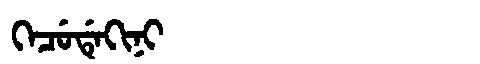
Manchu: ᡴᡝᠴᡠᡩᡝᡴᡳᠨᡳ
Romanization: KECUDEKINI